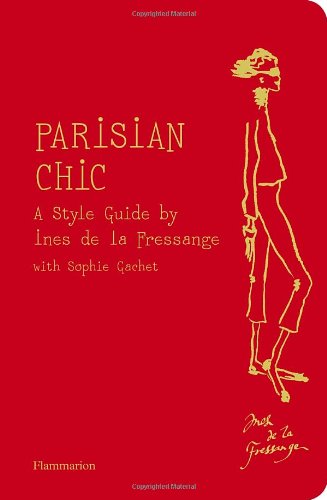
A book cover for Parisian Chic; Ines de la Fressange; Arts & Photography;